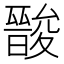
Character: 𮰳